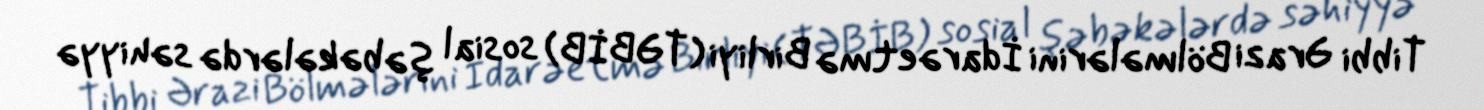
Tibbi Ərazi Bölmələrini İdarəetmə Birliyi (TƏBİB) sosial şəbəkələrdə səhiyyə